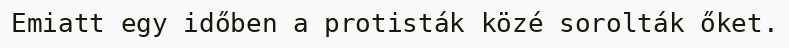
Emiatt egy időben a protisták közé sorolták őket.